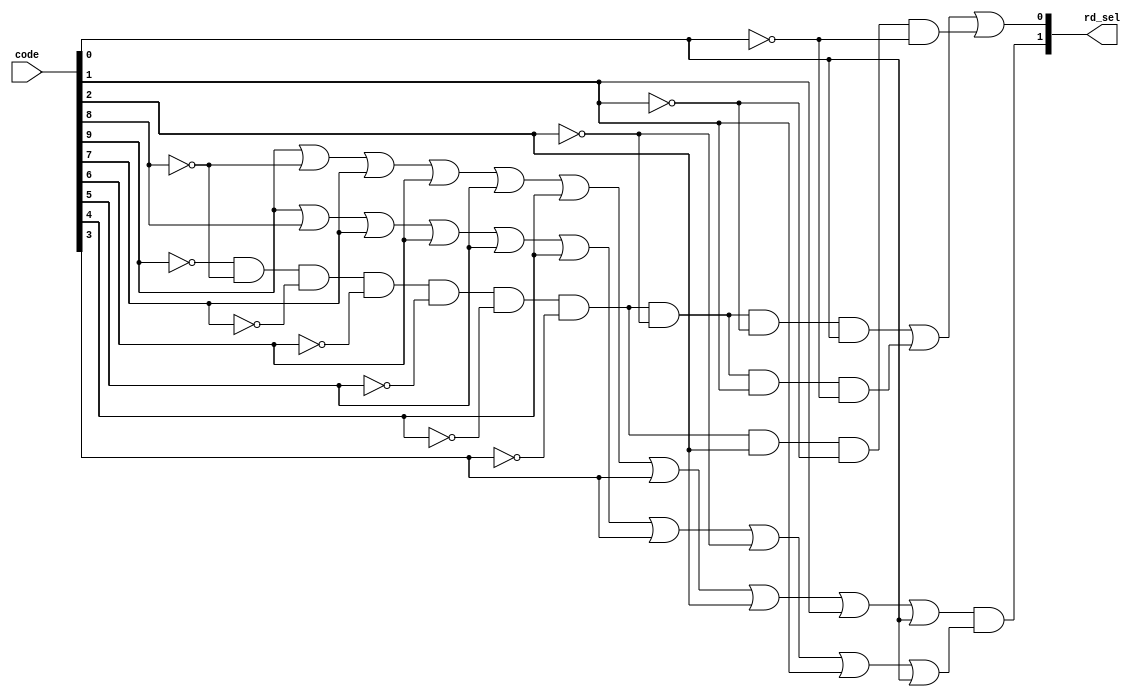
module RdSel (code, rd_sel);
input [9:0] code;
output [1:0] rd_sel;

    // Assign com expresso derivada das expresses
    assign rd_sel[1] = (code[9]|~code[8]|code[7]|code[6]|code[5]|code[4]|code[3]|code[2]|code[1]|code[0]) & (code[9]|code[8]|code[7]|code[6]|code[5]|code[4]|code[3]|~code[2]|code[1]|code[0]);
    assign rd_sel[0] = (~code[9] & ~code[8] & ~code[7] & ~code[6] & ~code[5] & ~code[4] & ~code[3] & ~code[2] & ~code[1] & code[0]) | (~code[9] & ~code[8] & ~code[7] & ~code[6] & ~code[5] & ~code[4] & ~code[3] & ~code[2] & code[1] & ~code[0]) | (~code[9] & ~code[8] & ~code[7] & ~code[6] & ~code[5] & ~code[4] & ~code[3] & code[2] & ~code[1] & ~code[0]);
endmodule